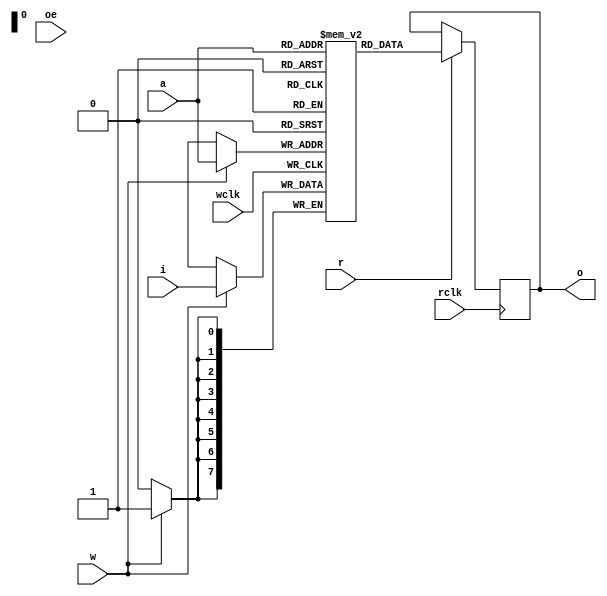

module ram_line(input rclk,
		input 	     wclk,
		input [7:0]  a,
		input [7:0]  i,
		output [7:0] o,
		input 	     oe,
		input 	     r,
		input 	     w);

   reg [7:0] ram[0:255];
   reg [7:0] d;
   
`ifdef debug
   integer    j;
   
   initial
     begin
	for (j = 0; j < 256; j = j + 1)
	  ram[j] = 0;
     end
`endif

   wire ram_read;
   wire ram_write;
   assign ram_read = r/*~cs & w*/;
   assign ram_write = w/*~cs & ~w*/;

   always @(posedge rclk)
     if (ram_read)
       d <= ram[a];

   assign o = d;
   
   always @(posedge wclk)
     if (ram_write)
       ram[a] <= i;
   
endmodule // ram_dp256x8